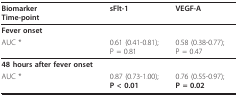
<table><thead><tr><td><b>BiomarkerTime-point</b></td><td><b>sFlt-1</b></td><td><b>VEGF-A</b></td></tr></thead><tbody><tr><td><b>Fever onset</b></td><td></td><td></td></tr><tr><td>AUC *</td><td>0.61 (0.41-0.81); P = 0.81</td><td>0.58 (0.38-0.77); P = 0.47</td></tr><tr><td><b>48 hours after fever onset</b></td><td></td><td></td></tr><tr><td>AUC *</td><td>0.87 (0.73-1.00); <b>P &lt; 0.01</b></td><td>0.76 (0.55-0.97); <b>P = 0.02</b></td></tr></tbody></table>